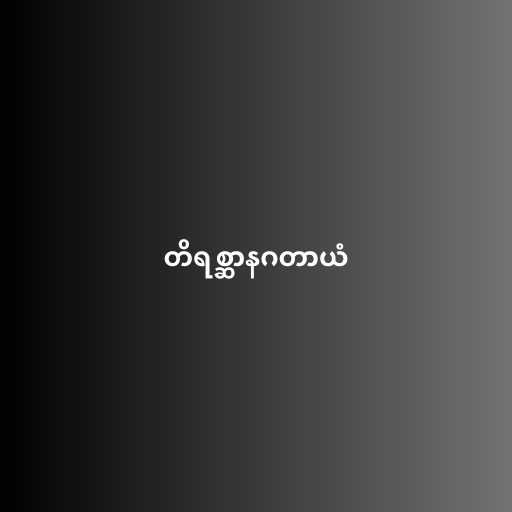
တိရစ္ဆာနဂတာယံ